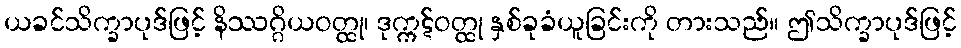
ယခင်သိက္ခာပုဒ်ဖြင့် နိဿဂ္ဂိယဝတ္ထု၊ ဒုက္ကဋ်ဝတ္ထု နှစ်ခုခံယူခြင်းကို တားသည်။ ဤသိက္ခာပုဒ်ဖြင့်